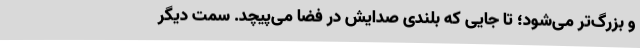
و بزرگ‌تر می‌شود؛ تا جایی که بلندی صدایش در فضا می‌پیچد. سمت دیگر